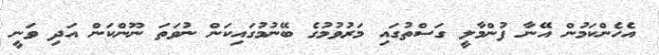
އެހެންކަމުން އޭނާ ފުންމާލީ ގަސްތުގައި މަރުވުމުގެ ބޭނުމުގައިކަން ނުވަތަ ނޫންކަން އަދި ވަނީ